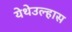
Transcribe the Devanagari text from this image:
येथेउल्हास